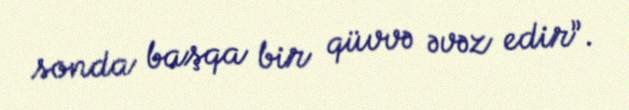
sonda başqa bir qüvvə əvəz edir”.